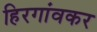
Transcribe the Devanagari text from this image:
हिरगांवकर